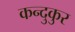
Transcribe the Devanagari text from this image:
कन्दुकुर